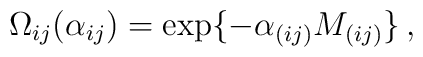
\Omega_{ij}(\alpha_{ij}) = \exp\{-\alpha_{(ij)}M_{(ij)} \}  \, ,